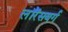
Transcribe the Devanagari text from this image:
लॉरेंसबर्ग